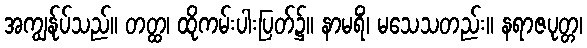
အကျွန်ုပ်သည်။ တတ္ထ၊ ထိုကမ်းပါးပြတ်၌။ နာမရိံ၊ မသေသတည်း။ နရာဇပုတ္တ၊